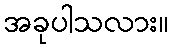
အခုပါသလား။